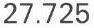
27.725